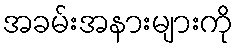
အခမ်းအနားများကို